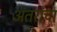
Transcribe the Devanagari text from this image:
अंतरांचा